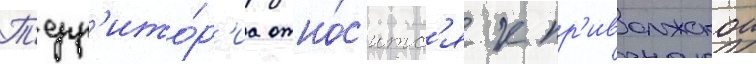
Т'ерр'ито́р'иа отно́с'итс'я к пр'иволжскои